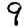
Digit: 9